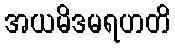
အယမိဒမရဟတိ